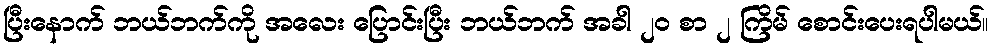
ပြီးနောက် ဘယ်ဘက်ကို အလေး ပြောင်းပြီး ဘယ်ဘက် အခါ ၂၀ စာ ၂ ကြိမ် စောင်းပေးရပါမယ်။